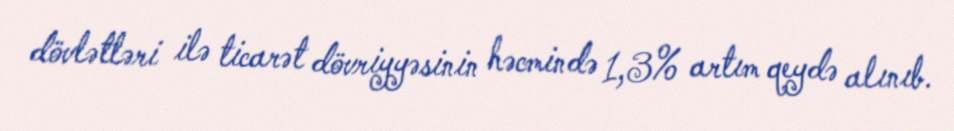
dövlətləri ilə ticarət dövriyyəsinin həcmində 1,3% artım qeydə alınıb.